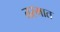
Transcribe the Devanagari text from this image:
तस्मात